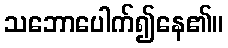
သဘောပေါက်၍နေ၏။